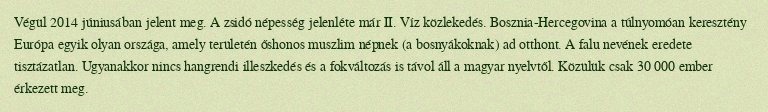
Végül 2014 júniusában jelent meg. A zsidó népesség jelenléte már II. Víz közlekedés. Bosznia-Hercegovina a túlnyomóan keresztény Európa egyik olyan országa, amely területén őshonos muszlim népnek (a bosnyákoknak) ad otthont. A falu nevének eredete tisztázatlan. Ugyanakkor nincs hangrendi illeszkedés és a fokváltozás is távol áll a magyar nyelvtől. Közülük csak 30 000 ember érkezett meg.